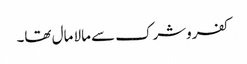
کفروشرک سے مالا مال تھا۔